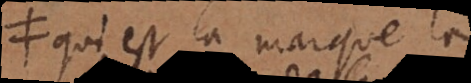
y qui est la marque la